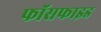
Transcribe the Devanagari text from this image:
फॉसफाइड